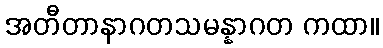
အတီတာနာဂတသမန္နာဂတ ကထာ။